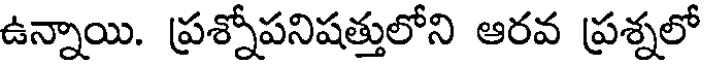
ఉన్నాయి. ప్రశ్నోపనిషత్తులోని ఆరవ ప్రశ్నలో